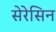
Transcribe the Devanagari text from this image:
सेरेसिन